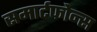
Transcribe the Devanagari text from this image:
समार्टफोन्स